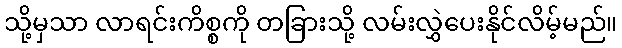
သို့မှသာ လာရင်းကိစ္စကို တခြားသို့ လမ်းလွှဲပေးနိုင်လိမ့်မည်။